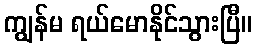
ကျွန်မ ရယ်မောနိုင်သွားပြီ။